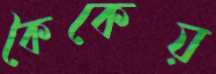
কৈকেয়